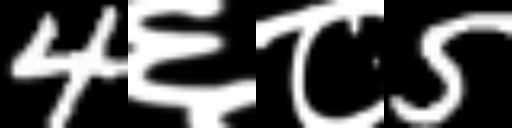
Text: 4६८5